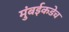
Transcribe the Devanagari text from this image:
मुंबईकडेच